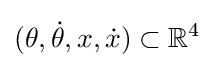
(\theta ,{\dot {\theta }},x,{\dot {x}})\subset \mathbb {R} ^{4}